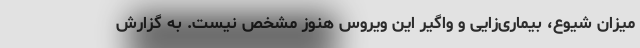
میزان شیوع، بیماری‌زایی و واگیر این ویروس هنوز مشخص نیست. به گزارش